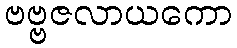
ဗဗ္ဗဇလာယကော